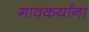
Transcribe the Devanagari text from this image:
गावकर्यांना